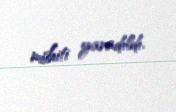
mühiti yaradıldı.